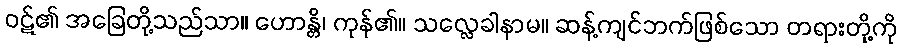
ဝဋ်၏ အခြေတို့သည်သာ။ ဟောန္တိ၊ ကုန်၏။ သလ္လေခါနာမ။ ဆန့်ကျင်ဘက်ဖြစ်သော တရားတို့ကို